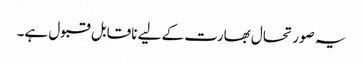
یہ صورتحال بھارت کے لیے ناقابل قبول ہے۔